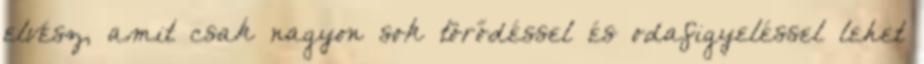
elvész, amit csak nagyon sok törődéssel és odafigyeléssel lehet